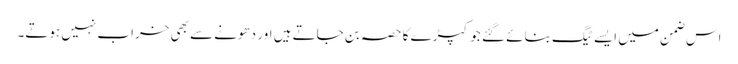
اس ضمن میں ایسے ٹیگ بنائے گئے جو کپڑے کا حصہ بن جاتے ہیں اور دھونے سے بھی خراب نہیں ہوتے۔